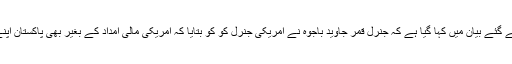
ڈی جی آئی ایس پی آر میجر جنرل آصف غفور کی جانب سے کیے گئے بیان میں کہا گیا ہے کہ جنرل قمر جاوید باجوہ نے امریکی جنرل کو کو بتایا کہ امریکی مالی امداد کے بغیر بھی پاکستان اپنے قوم مفاد میں دہشت گردی کے خلاف کوششیں جاری رکھے گا۔